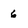
Character: 6